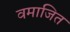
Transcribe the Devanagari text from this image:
वमाजित